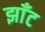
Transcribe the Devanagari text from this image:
झाँट